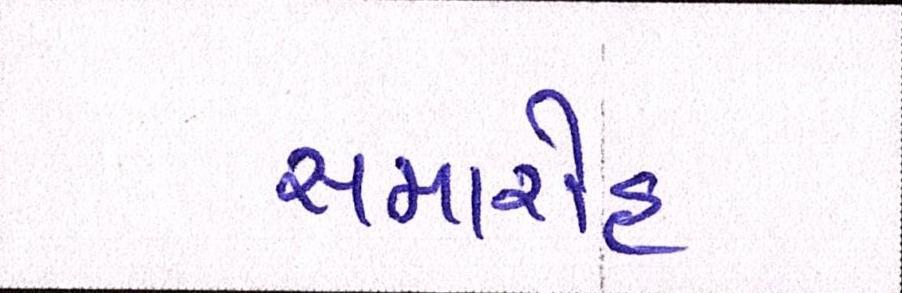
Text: સમારોહ